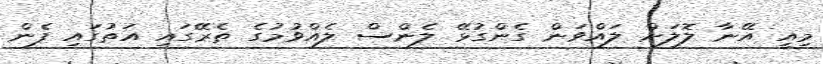
މިއީ އޭނާ ލޮލަށް ލައްވަން ގެންގުޅޭ ލެންސް ލެއްވުމުގެ ތެރޭގައި އަތުގައި ފެން